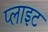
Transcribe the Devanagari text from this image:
प्लाइट